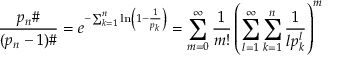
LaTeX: { \frac { p _ { n } \# } { ( p _ { n } - 1 ) \# } } = e ^ { - \sum _ { k = 1 } ^ { n } \ln \left( 1 - { \frac { 1 } { p _ { k } } } \right) } = \sum _ { m = 0 } ^ { \infty } { \frac { 1 } { m ! } } \left( \sum _ { l = 1 } ^ { \infty } \sum _ { k = 1 } ^ { n } { \frac { 1 } { l p _ { k } ^ { l } } } \right) ^ { m }